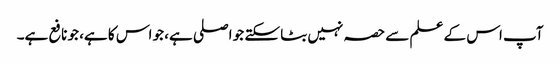
آپ اس کے علم سے حصہ نہیں بٹا سکتے جو اصلی ہے، جو اس کا ہے، جو نافع ہے۔